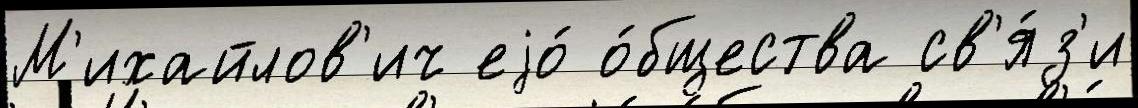
М'ихайлов'ич еjо́ о́бщества св'я́з'и